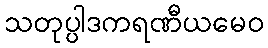
သတုပ္ပါဒကရဏီယမေဝ